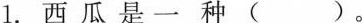
1.西瓜是一种( )。